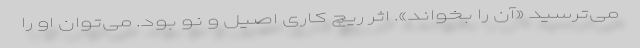
می‌ترسید «آن را بخواند». اثر ریچ کاری اصیل و نو بود. می‌توان او را